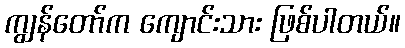
ကျွန်တော်က ကျောင်းသား ဖြစ်ပါတယ်။